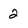
Character: 2